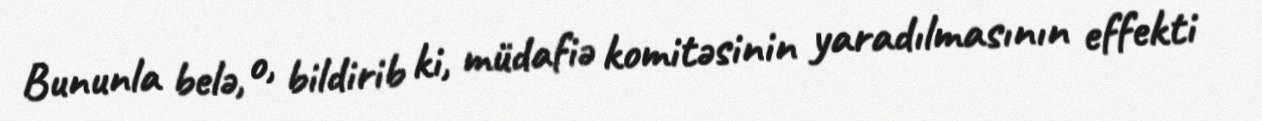
Bununla belə, o, bildirib ki, müdafiə komitəsinin yaradılmasının effekti